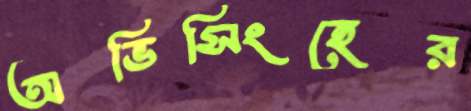
অভিসিংহের